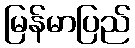
မြန်မာပြည်